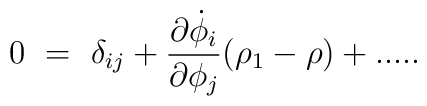
0~=~\delta_{ij} + {\partial \dot{\phi}_i \over \partial \phi_j}(\rho_1 - \rho) + .....